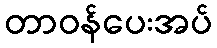
တာဝန်ပေးအပ်